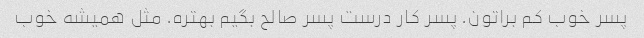
پسر خوب کم براتون. پسر کار درست پسر صالح بگیم بهتره. مثل همیشه خوب